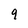
Character: g